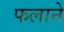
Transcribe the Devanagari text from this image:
फलाने